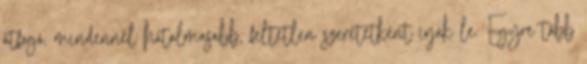
átfogó, mindennél hatalmasabb, feltétlen szeretetként írják le. Egyre több